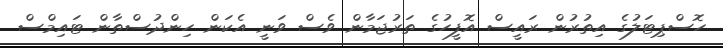
ހޮސްޕިޓަލުގެ އިތުރުން ރައީސް އޮފީހުގެ ތަރުޖަމާން ވެސް ވަނީ އެކަން ހިންދުސްތާން ޓައިމްސް